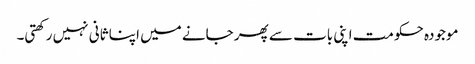
موجودہ حکومت اپنی بات سے پھر جانے میں اپنا ثانی نہیں رکھتی۔